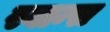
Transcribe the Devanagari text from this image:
स्वान्स